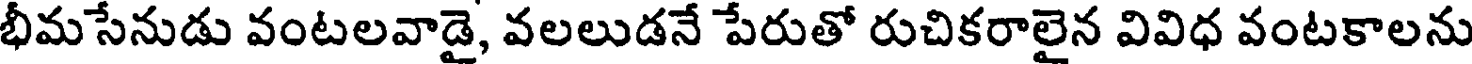
భీమసేనుడు వంటలవాడై, వలలుడనే పేరుతో రుచికరాలైన వివిధ వంటకాలను